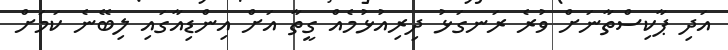
އަދި ޕާކިސްތާނަށް ވުރެ ރަނގަޅު ދިރިއުޅުމެއް ގީތާ އަށް އިންޑިއާގައި ލިބޭނެ ކަމަށް